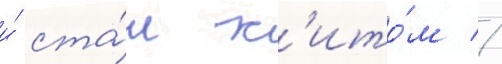
и́ ста́л х'ито́м //